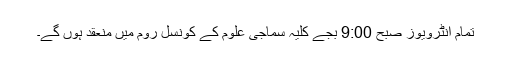
تمام انٹرویوز صبح 9:00 بجے کلیہ سماجی علوم کے کونسل روم میں منعقد ہوں گے۔